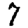
Digit: 7